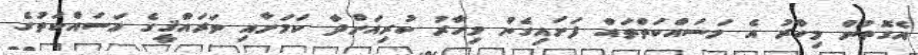
އެގޮތުން މިހާރު އެ މަސައްކަތްތައް ފަށައިގެން މިހާރު ކުރިއަށްދާ ކަމަށާއި ތަރައްޤީގެ މަސައްކަތުގެ